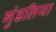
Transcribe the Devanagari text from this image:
गुंडलिया